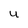
Character: U